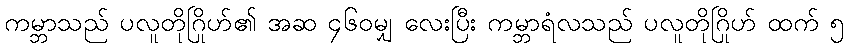
ကမ္ဘာသည် ပလူတိုဂြိုဟ်၏ အဆ ၄၆၀မျှ လေးပြီး ကမ္ဘာရံလသည် ပလူတိုဂြိုဟ် ထက် ၅